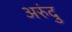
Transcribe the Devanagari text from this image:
अरुंदु